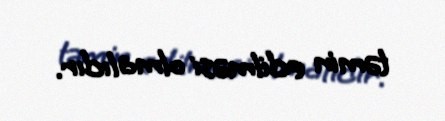
təmin edilməsi olmalıdır.